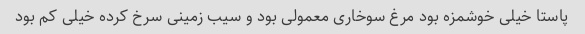
پاستا خیلی خوشمزه بود مرغ سوخاری معمولی بود و سیب زمینی سرخ کرده خیلی کم بود